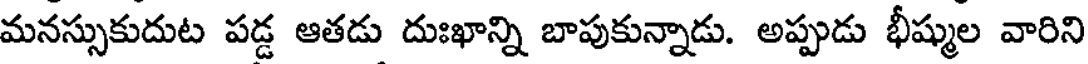
మనస్సుకుదుట పడ్డ ఆతడు దుఃఖాన్ని బాపుకున్నాడు. అప్పుడు భీష్ముల వారిని